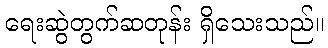
ရေးဆွဲတွက်ဆတုန်း ရှိသေးသည်။